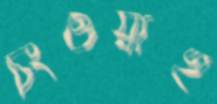
চংওয়াই